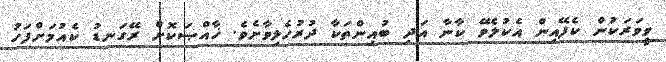
ވީވަރަކުން ކެފޭއިން އެކުލެވޭ ކާނާ އަދި ބުއިންތަކާ ދުރުހެލިވާށެވެ. ޚާއްޞަކޮށް ރޭގަނޑު ކެއުމަށްފަހު